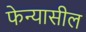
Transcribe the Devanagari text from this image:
फेन्यासील